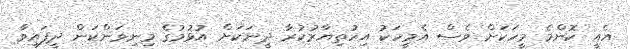
އެއީ ކޮންމެ މީހަކަށް ވެސް އެމީހަކު އިހުތިޔާރުކުރާ ދީނަކަށް އުޅުމުގެ މިނިވަންކަން ދީފައިވާ